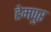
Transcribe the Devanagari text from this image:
हेमपुर